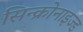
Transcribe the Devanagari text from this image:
सिन्क्रोनाइज्ड